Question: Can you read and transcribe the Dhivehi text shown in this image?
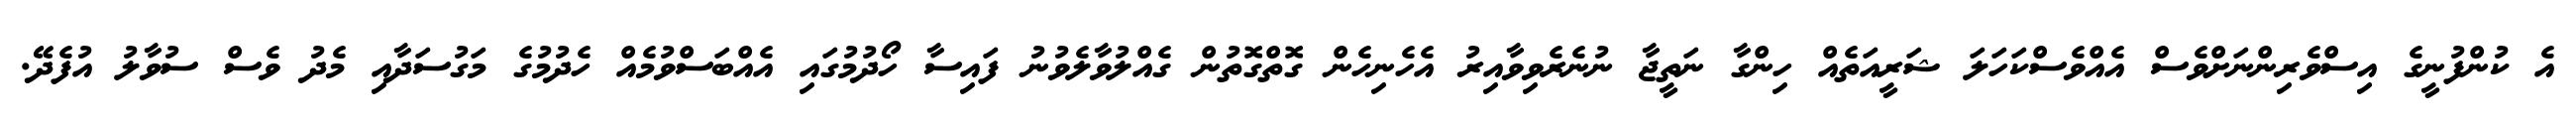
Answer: އެ ކުންފުނީގެ އިސްވެރިންނަށްވެސް އެއްވެސްކަހަލަ ޝަރީއަތެއް ހިންގާ ނަތީޖާ ނުނެރެވިވާއިރު އެހެނިހެން ގޮތްގޮތުން ގެއްލުވާލެވުނު ފައިސާ ހޯދުމުގައި އެއްބަސްވުމެއް ހެދުމުގެ މަގުސަދާއި މެދު ވެސް ސުވާލު އުފެދޭ.